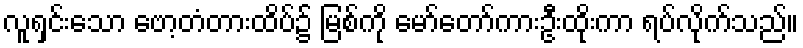
လူရှင်းသော ဗော့တံတားထိပ်၌ မြစ်ကို မော်တော်ကားဦးထိုးကာ ရပ်လိုက်သည်။